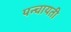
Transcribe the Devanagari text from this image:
पन्चायती